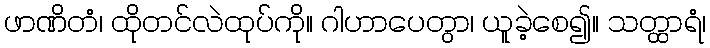
ဖာဏိတံ၊ ထိုတင်လဲထုပ်ကို။ ဂါဟာပေတွာ၊ ယူခဲ့စေ၍။ သတ္ထာရံ၊